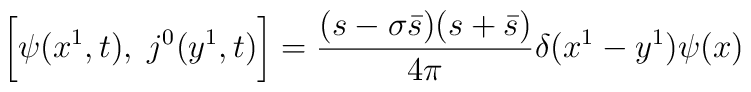
\biggl[\psi(x^1, t), \;j^0(y^1,t)\biggr] = \frac{(s - \sigma \bar s)(s + \bar s)}{4 \pi} \delta(x^1 - y^1) \psi(x)